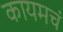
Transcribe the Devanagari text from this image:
कायमचं